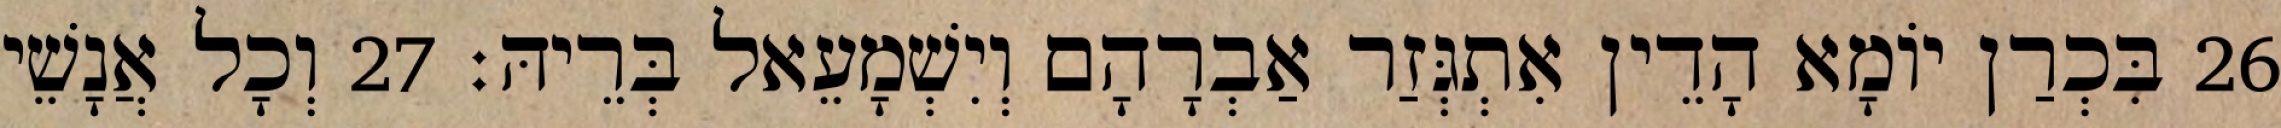
26 בִּכְרַן יוֹמָא הָדֵין אִתְגְּזַר אַבְרָהָם וְיִשְׁמָעֵאל בְּרֵיהּ׃ 27 וְכָל אֲנָשֵׁי